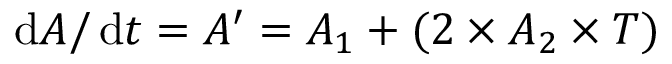
\operatorname { d } \! A / \operatorname { d } \! t = A ^ { \prime } = A _ { 1 } + ( 2 \times A _ { 2 } \times T )